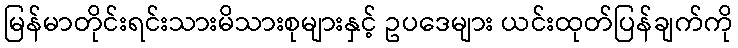
မြန်မာတိုင်းရင်းသားမိသားစုများနှင့် ဥပဒေများ ယင်းထုတ်ပြန်ချက်ကို